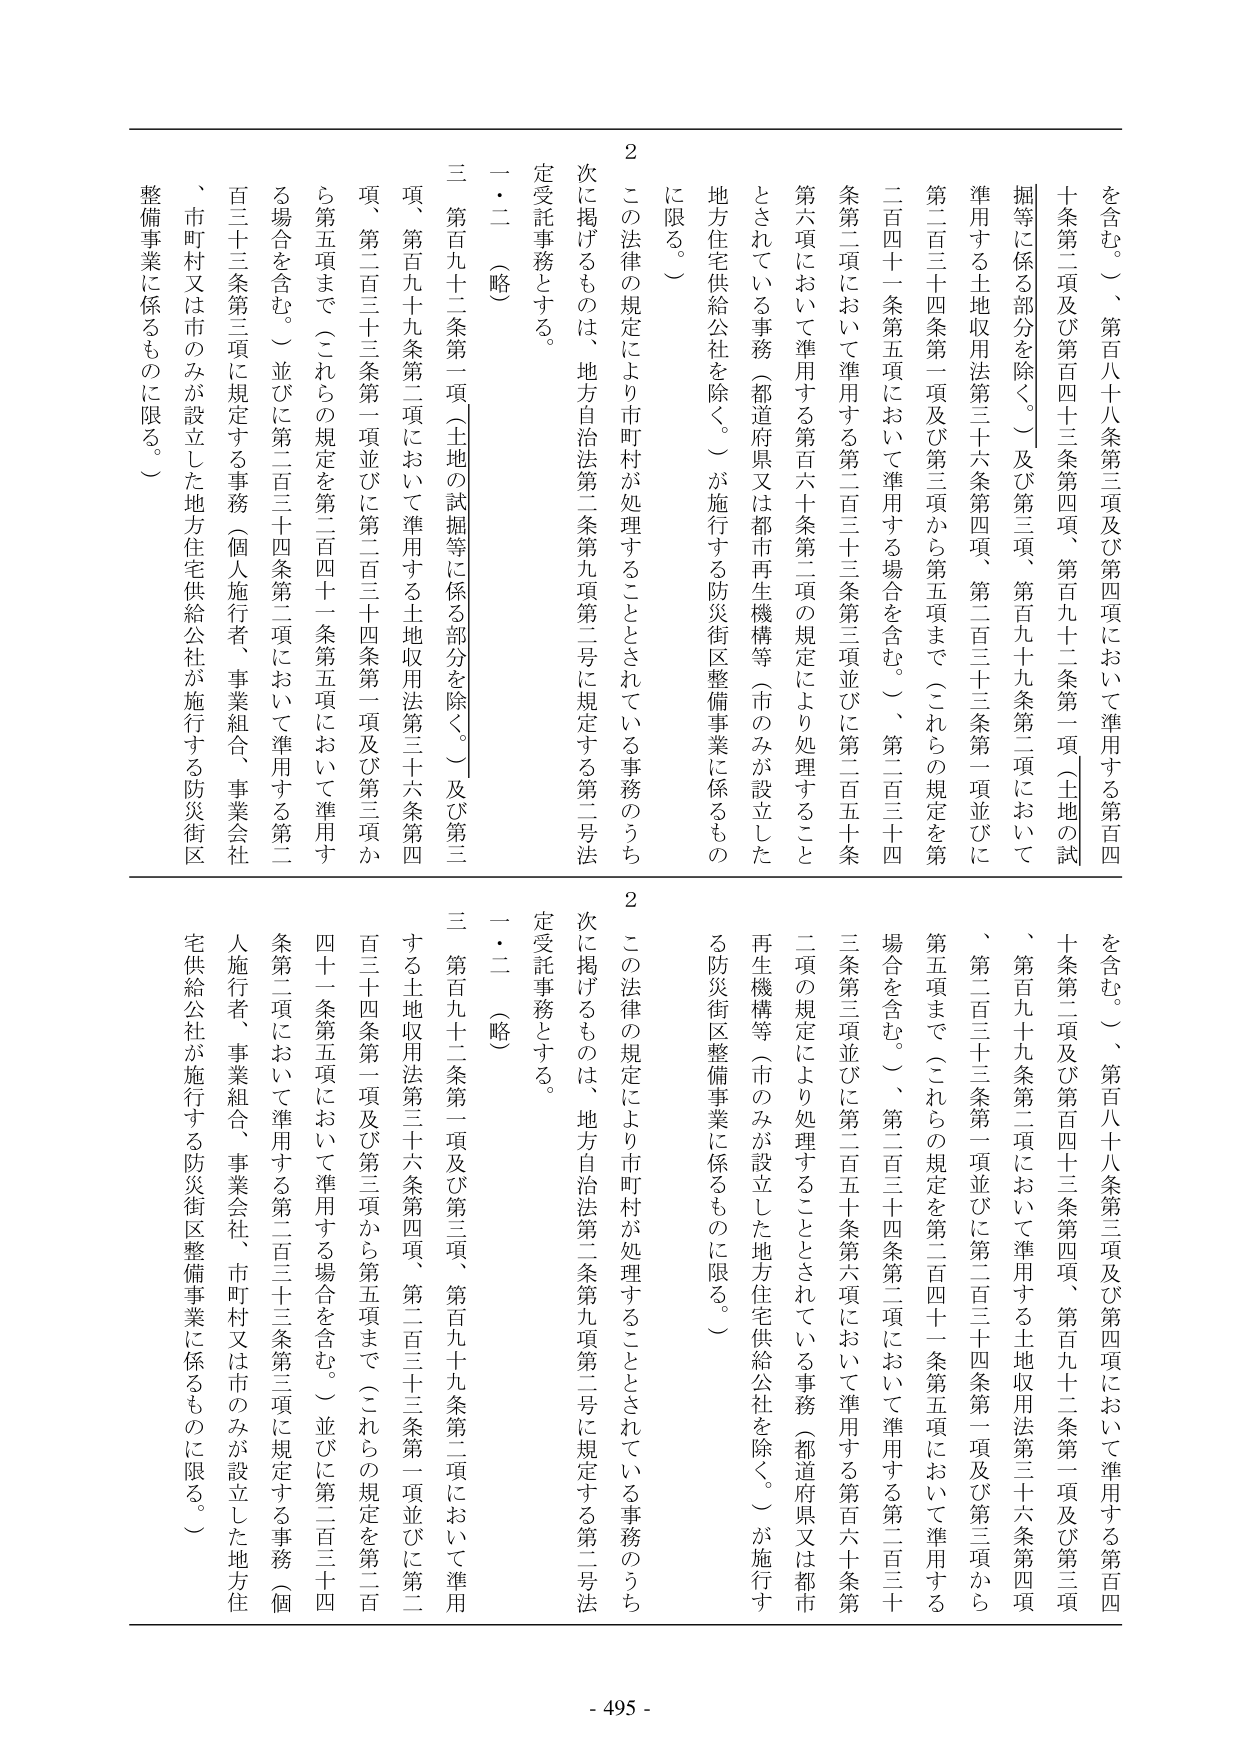
を含む。）、第百八十八条第三項及び第四項において準用する第百四十条第二項及び第百四十三条第四項、第百九十二条第一項（土地の試掘等に係る部分を除く。）及び第三項、第百九十九条第二項において準用する土地収用法第三十六条第四項、第二百三十三条第一項並びに第二百三十四条第一項及び第三項から第五項まで（これらの規定を第二百四十一条第五項において準用する場合を含む。）、第二百三十四条第二項において準用する第二百三十三条第三項並びに第二百五十条第六項において準用する第百六十条第二項の規定により処理することとされている事務（都道府県又は都市再生機構等（市のみが設立した地方住宅供給公社を除く。）が施行する防災街区整備事業に係るものに限る。）

２　この法律の規定により市町村が処理することとされている事務のうち次に掲げるものは、地方自治法第二条第九項第二号に規定する第二号法定受託事務とする。

一・二　（略）

三　第百九十二条第一項（土地の試掘等に係る部分を除く。）及び第三項、第百九十九条第二項において準用する土地収用法第三十六条第四項、第二百三十三条第一項並びに第二百三十四条第一項及び第三項から第五項まで（これらの規定を第二百四十一条第五項において準用する場合を含む。）並びに第二百三十四条第二項において準用する第二百三十三条第三項に規定する事務（個人施行者、事業組合、事業会社、市町村又は市のみが設立した地方住宅供給公社が施行する防災街区整備事業に係るものに限る。）

を含む。）、第百八十八条第三項及び第四項において準用する第百四十条第二項及び第百四十三条第四項、第百九十二条第一項及び第三項、第百九十九条第二項において準用する土地収用法第三十六条第四項、第二百三十三条第一項並びに第二百三十四条第一項及び第三項から第五項まで（これらの規定を第二百四十一条第五項において準用する場合を含む。）、第二百三十四条第二項において準用する第二百三十三条第三項並びに第二百五十条第六項において準用する第百六十条第二項の規定により処理することとされている事務（都道府県又は都市再生機構等（市のみが設立した地方住宅供給公社を除く。）が施行する防災街区整備事業に係るものに限る。）

２　この法律の規定により市町村が処理することとされている事務のうち次に掲げるものは、地方自治法第二条第九項第二号に規定する第二号法定受託事務とする。

一・二　（略）

三　第百九十二条第一項及び第三項、第百九十九条第二項において準用する土地収用法第三十六条第四項、第二百三十三条第一項並びに第二百三十四条第一項及び第三項から第五項まで（これらの規定を第二百四十一条第五項において準用する場合を含む。）並びに第二百三十四条第二項において準用する第二百三十三条第三項に規定する事務（個人施行者、事業組合、事業会社、市町村又は市のみが設立した地方住宅供給公社が施行する防災街区整備事業に係るものに限る。）

- 495 -